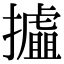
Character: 𢸉